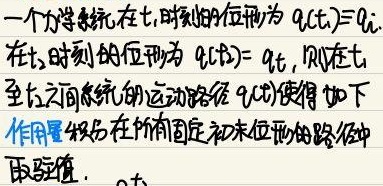
一个力学系统在\(t_{i}\)时刻的位形为\(q(t_{i})\equiv q_{i}\)，在\(t_{f}\)时刻的位形为\(q(t_{f}) = q_{f}\)，则在\(t_{i}\)至\(t_{f}\)之间系统的运动路径\(q(t)\)使得如下作用量\(S\)在所有固定初末位形的路径中取驻值。